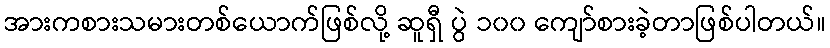
အားကစားသမားတစ်ယောက်ဖြစ်လို့ ဆူရှီ ပွဲ ၁၀၀ ကျော်စားခဲ့တာဖြစ်ပါတယ်။